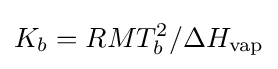
K_{b}=RMT_{b}^{2}/\Delta H_{\mathrm {vap} }